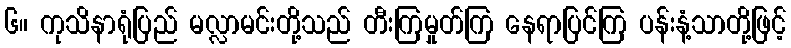
၆။ ကုသိနာရုံပြည် မလ္လာမင်းတို့သည် တီးကြမှုတ်ကြ နေရာပြင်ကြ ပန်းနံ့သာတို့ဖြင့်